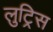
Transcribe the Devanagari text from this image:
लुट्रिस